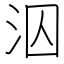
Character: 泅